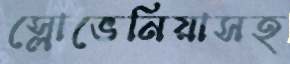
স্লোভেনিয়াসহ